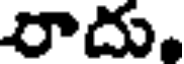
రాదు,